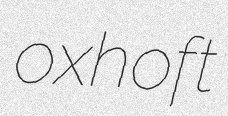
oxhoft